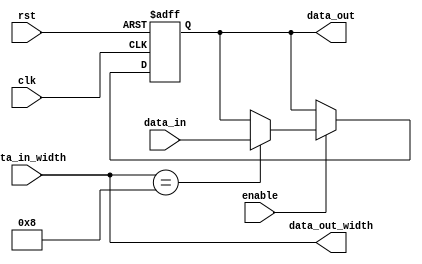
module variable_width_bypass_register (
    input wire clk,
    input wire rst,
    input wire enable,
    input wire [7:0] data_in,
    input wire [3:0] data_in_width,
    output reg [7:0] data_out,
    output reg [3:0] data_out_width
);

reg [7:0] register;

always @(posedge clk or posedge rst) begin
    if (rst) begin
        register <= 8'b0;
    end else if (enable) begin
        if (data_in_width == 4'd8) begin
            register <= data_in;
        end else begin
            register <= register;
        end
    end
end

assign data_out = register;
assign data_out_width = data_in_width;

endmodule